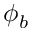
\phi _ { b }